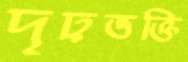
দৃঢ়ভক্তি